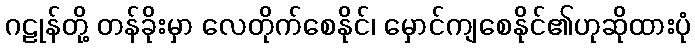
ဂဠုန်တို့ တန်ခိုးမှာ လေတိုက်စေနိုင်၊ မှောင်ကျစေနိုင်၏ဟုဆိုထားပုံ